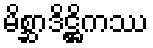
မိစ္ဆာဒိဋ္ဌိကဿ